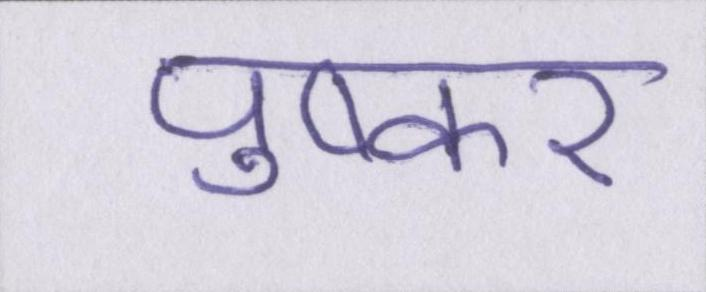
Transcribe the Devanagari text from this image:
पुष्कर